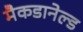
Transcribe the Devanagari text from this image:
मैकडानेल्ड